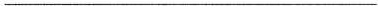
___